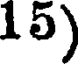
15)